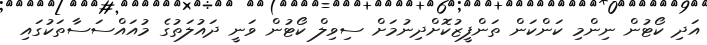
އަދި ކޯޓުން ނިންމި ކަންކަން ތަންފީޒުކޮށްދިނުމަށް ސިވިލް ކޯޓުން ވަނީ ދައުލަތުގެ މުއައްސަސާތަކުގައި